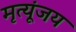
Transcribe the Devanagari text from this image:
मृत्यूंजय